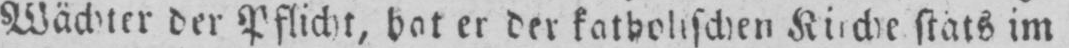
der Pflicht, hat er der katholischen Kirche stäts im